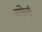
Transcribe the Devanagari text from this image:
मांफ्रेदी